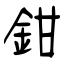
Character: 鉗